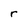
Character: r